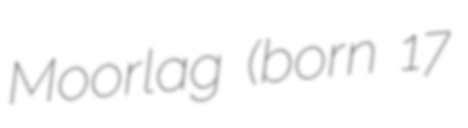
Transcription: Moorlag (born 17